Lunatic asylums Central Provinces reports 1910-1926 - 1910-1926
Year: 1910
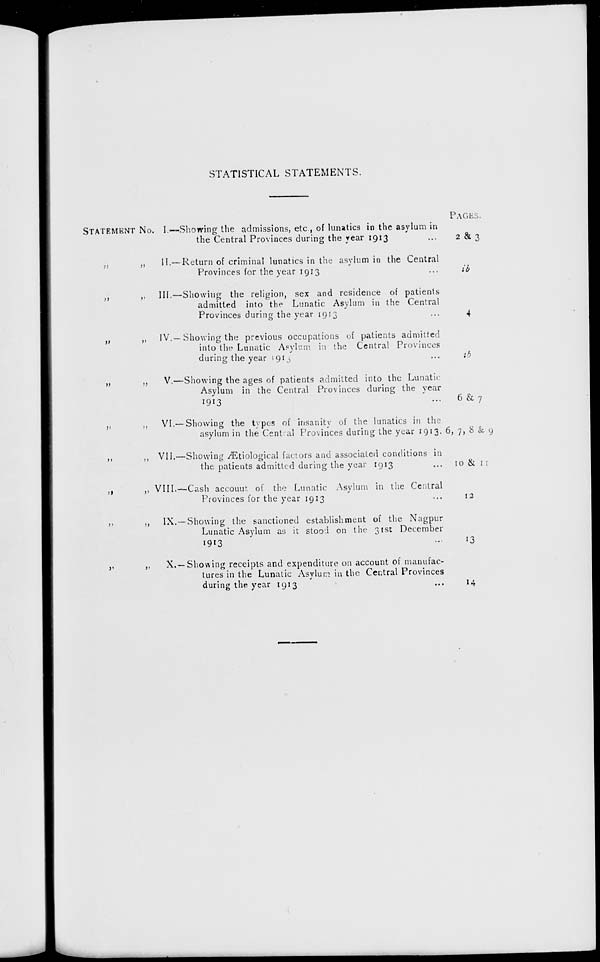
STATISTICAL STATEMENTS.
STATEMENT No.
„ „
„ „
„ „
„ „
„ „
„ „
„ „
„ „
„ „
I.—Showing the admissions, etc., of lunatics in the asylum in
the Central Provinces during the year 1913 ...
II.—Return of criminal lunatics in the asylum in the Central
Provinces for the year 1913 ...
III.—Showing the religion, sex and residence of patients
admitted into the Lunatic Asylum in the Central
Provinces during the year 1913 ...
IV.— Showing the previous occupations of patients admitted
into the Lunatic Asylum in the Central Provinces
during the year 1913 ...
V.—Showing the ages of patients admitted into the Lunatic
Asylum in the Central Provinces during the year
1913 ...
VI. — Showing the types of insanity of the lunatics in the
asylum in the Central Provinces during the year 1913.
VII.—Showing Ætiological factors and associated conditions in
the patients admitted during the year 1913 ...
VIII.—Cash account of the Lunatic Asylum in the Central
Provinces for the year 1913 ...
IX.— Showing the sanctioned establishment of the Nagpur
Lunatic Asylum as it stood on the 31st December
1913 ...
X.—Showing receipts and expenditure on account of manufac-
tures in the Lunatic Asylum in the Central Provinces
during the year 1913 ...
PAGES.
2 & 3
ib
4
ib
6 & 7
6, 7, 8 & 9
10 & 11
12
13
14